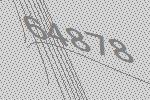
64878